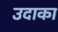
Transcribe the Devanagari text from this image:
उदाका